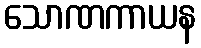
သောဏကာယန